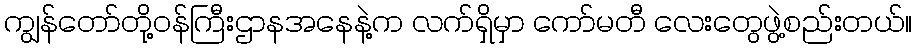
ကျွန်တော်တို့ဝန်ကြီးဌာနအနေနဲ့က လက်ရှိမှာ ကော်မတီ လေးတွေဖွဲ့စည်းတယ်။